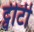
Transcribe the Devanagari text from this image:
ट्वीटी